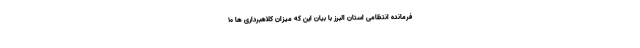
فرمانده انتظامی استان البرز با بیان این که میزان کلاهبرداری ها ۱۰